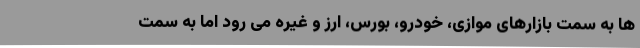
ها به سمت بازارهای موازی، خودرو، بورس، ارز و غیره می رود اما به سمت